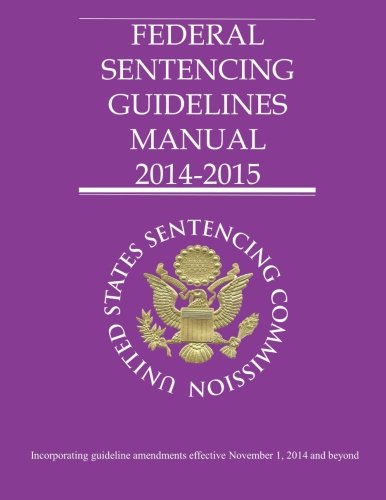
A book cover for Federal Sentencing Guidelines Manual 2014-2015; United States Sentencing Commission; Law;